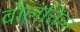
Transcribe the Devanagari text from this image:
वोलत्तिल